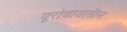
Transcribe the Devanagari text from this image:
यूरोबायलीन